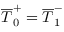
\overline { T } _ { 0 } ^ { + } = \overline { T } _ { 1 } ^ { - }